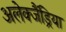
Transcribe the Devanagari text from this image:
अलेक्जैंड्रिया